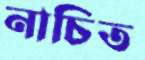
নাচিত